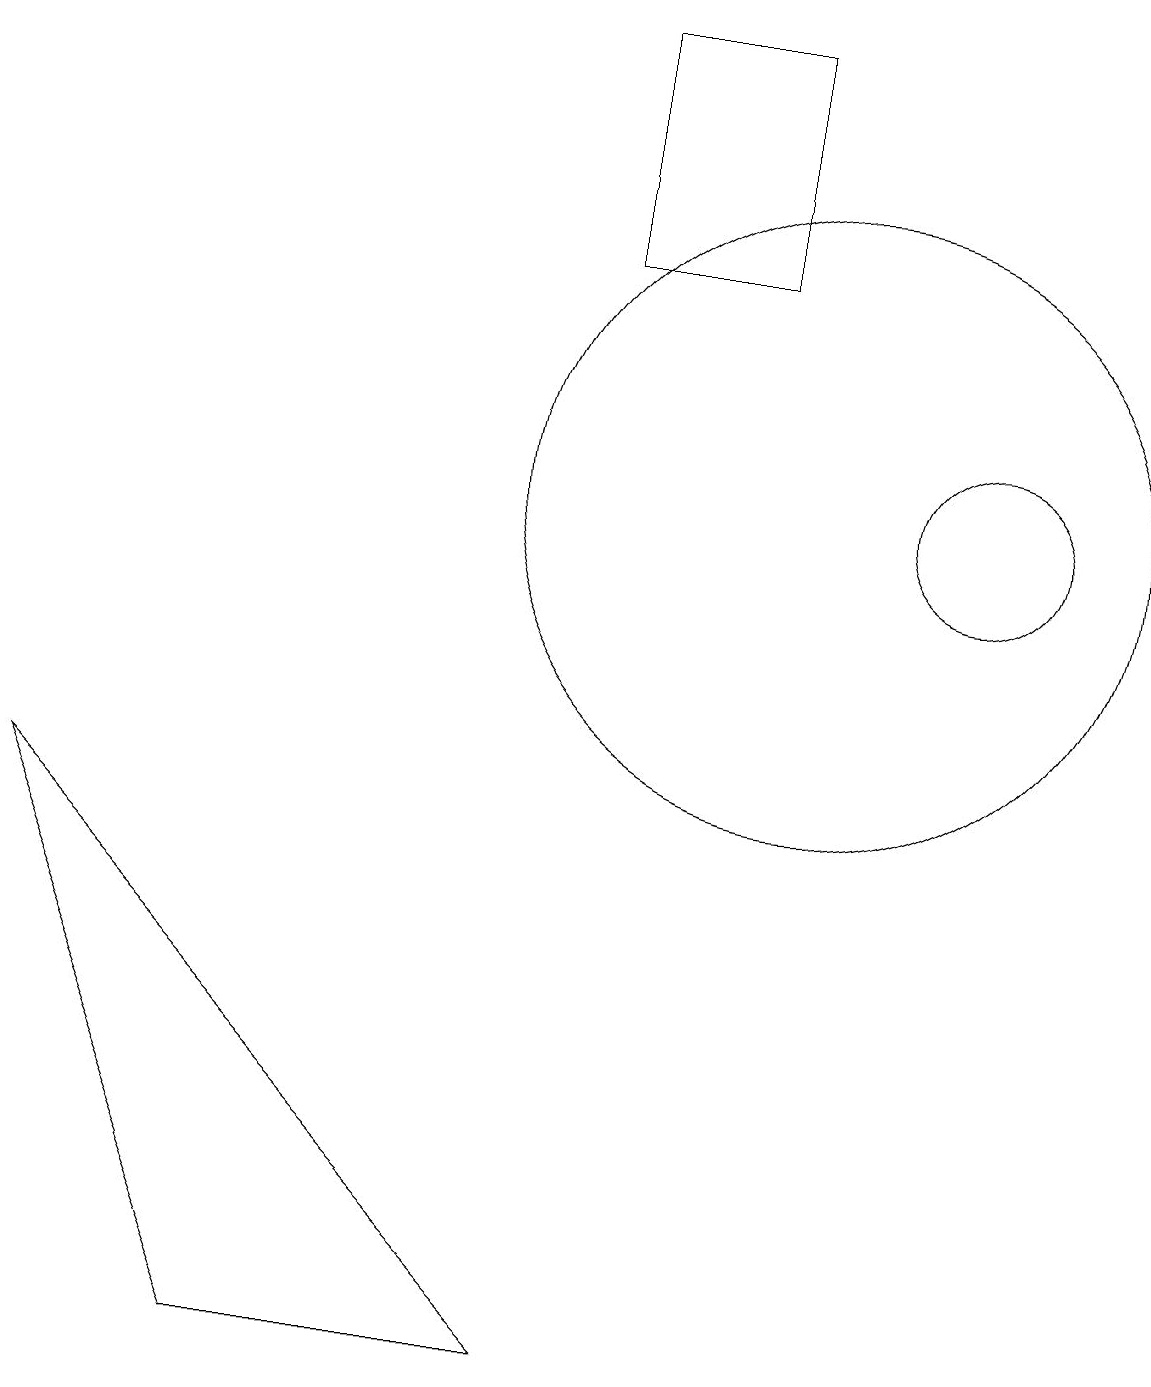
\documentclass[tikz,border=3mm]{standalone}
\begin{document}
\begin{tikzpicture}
\draw (0,7) -- (3,0) -- (7,0) -- cycle;
\draw (10,11) circle (4);
\draw (12,11) circle (1);
\draw (9,17) rectangle (7,14);
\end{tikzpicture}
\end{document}